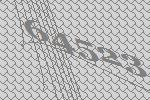
64523